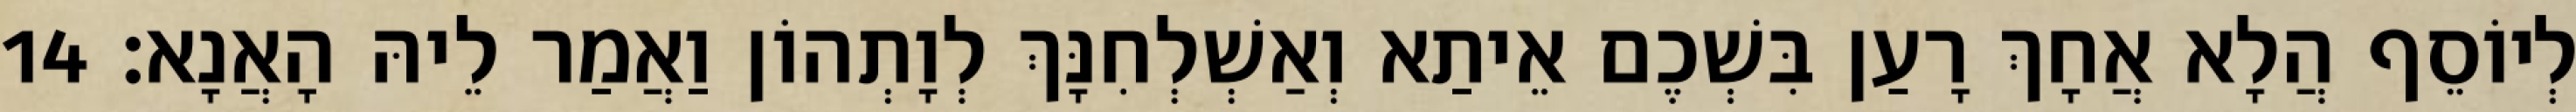
לְיוֹסֵף הֲלָא אֲחָךְ רָעַן בִּשְׁכֶם אֵיתַא וְאַשְׁלְחִנָּךְ לְוָתְהוֹן וַאֲמַר לֵיהּ הָאֲנָא׃ 14